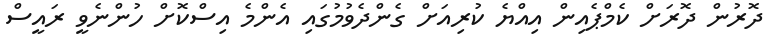
ދޮރުން ދޮރަށް ކެމްޕެއިން އިއްޔެ ކުރިއަށް ގެންދެވުމުގައި އެންމެ އިސްކޮށް ހުންނެވީ ރައީސް